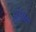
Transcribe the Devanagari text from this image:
झुंझारू